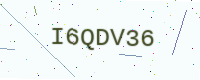
Text: I6QDV36